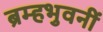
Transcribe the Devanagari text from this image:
ब्रम्हभुवनीं